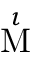
\stackrel { \iota } { \mathrm { M } }